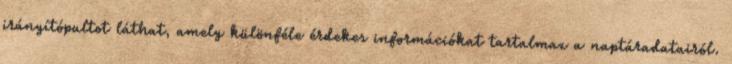
irányítópultot láthat, amely különféle érdekes információkat tartalmaz a naptáradatairól.